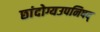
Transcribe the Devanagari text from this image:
छांदोग्यउपनिषद्